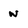
Character: w